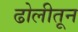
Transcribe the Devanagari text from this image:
ढोलीतून